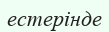
естерінде